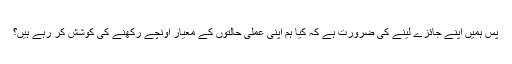
پس ہمیں اپنے جائزے لینے کی ضرورت ہے کہ کیا ہم اپنی عملی حالتوں کے معیار اونچے رکھنے کی کوشش کر رہے ہیں؟